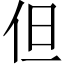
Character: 但